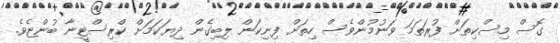
ގޮސް މިސްކިތަށް ފުރަތަމަ ވަނުމުންވެސް ހިތަށް ފިނިކަން ލިބިގެން ދިޔަކަމަށް ކްރިސްޓީނާ ބުންޏެވެ.